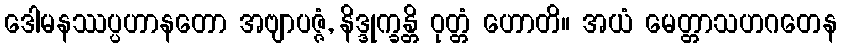
ဒေါမနဿပ္ပဟာနတော အဗျာပဇ္ဇံ, နိဒ္ဒုက္ခန္တိ ဝုတ္တံ ဟောတိ။ အယံ မေတ္တာသဟဂတေန